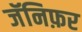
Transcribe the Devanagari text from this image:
जॅनिफ़र